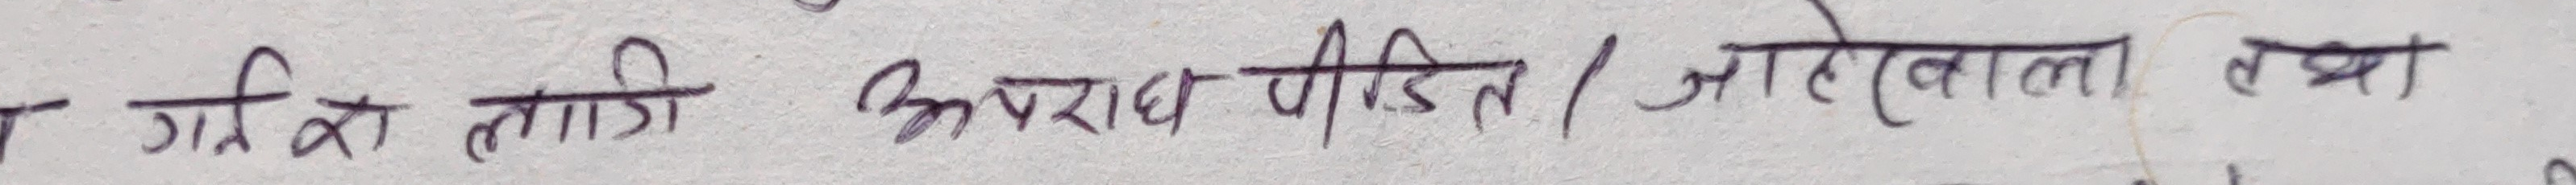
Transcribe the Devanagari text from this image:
गरि को लागि अपराध पिडित | जलेवाला लग्न